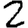
Digit: 2